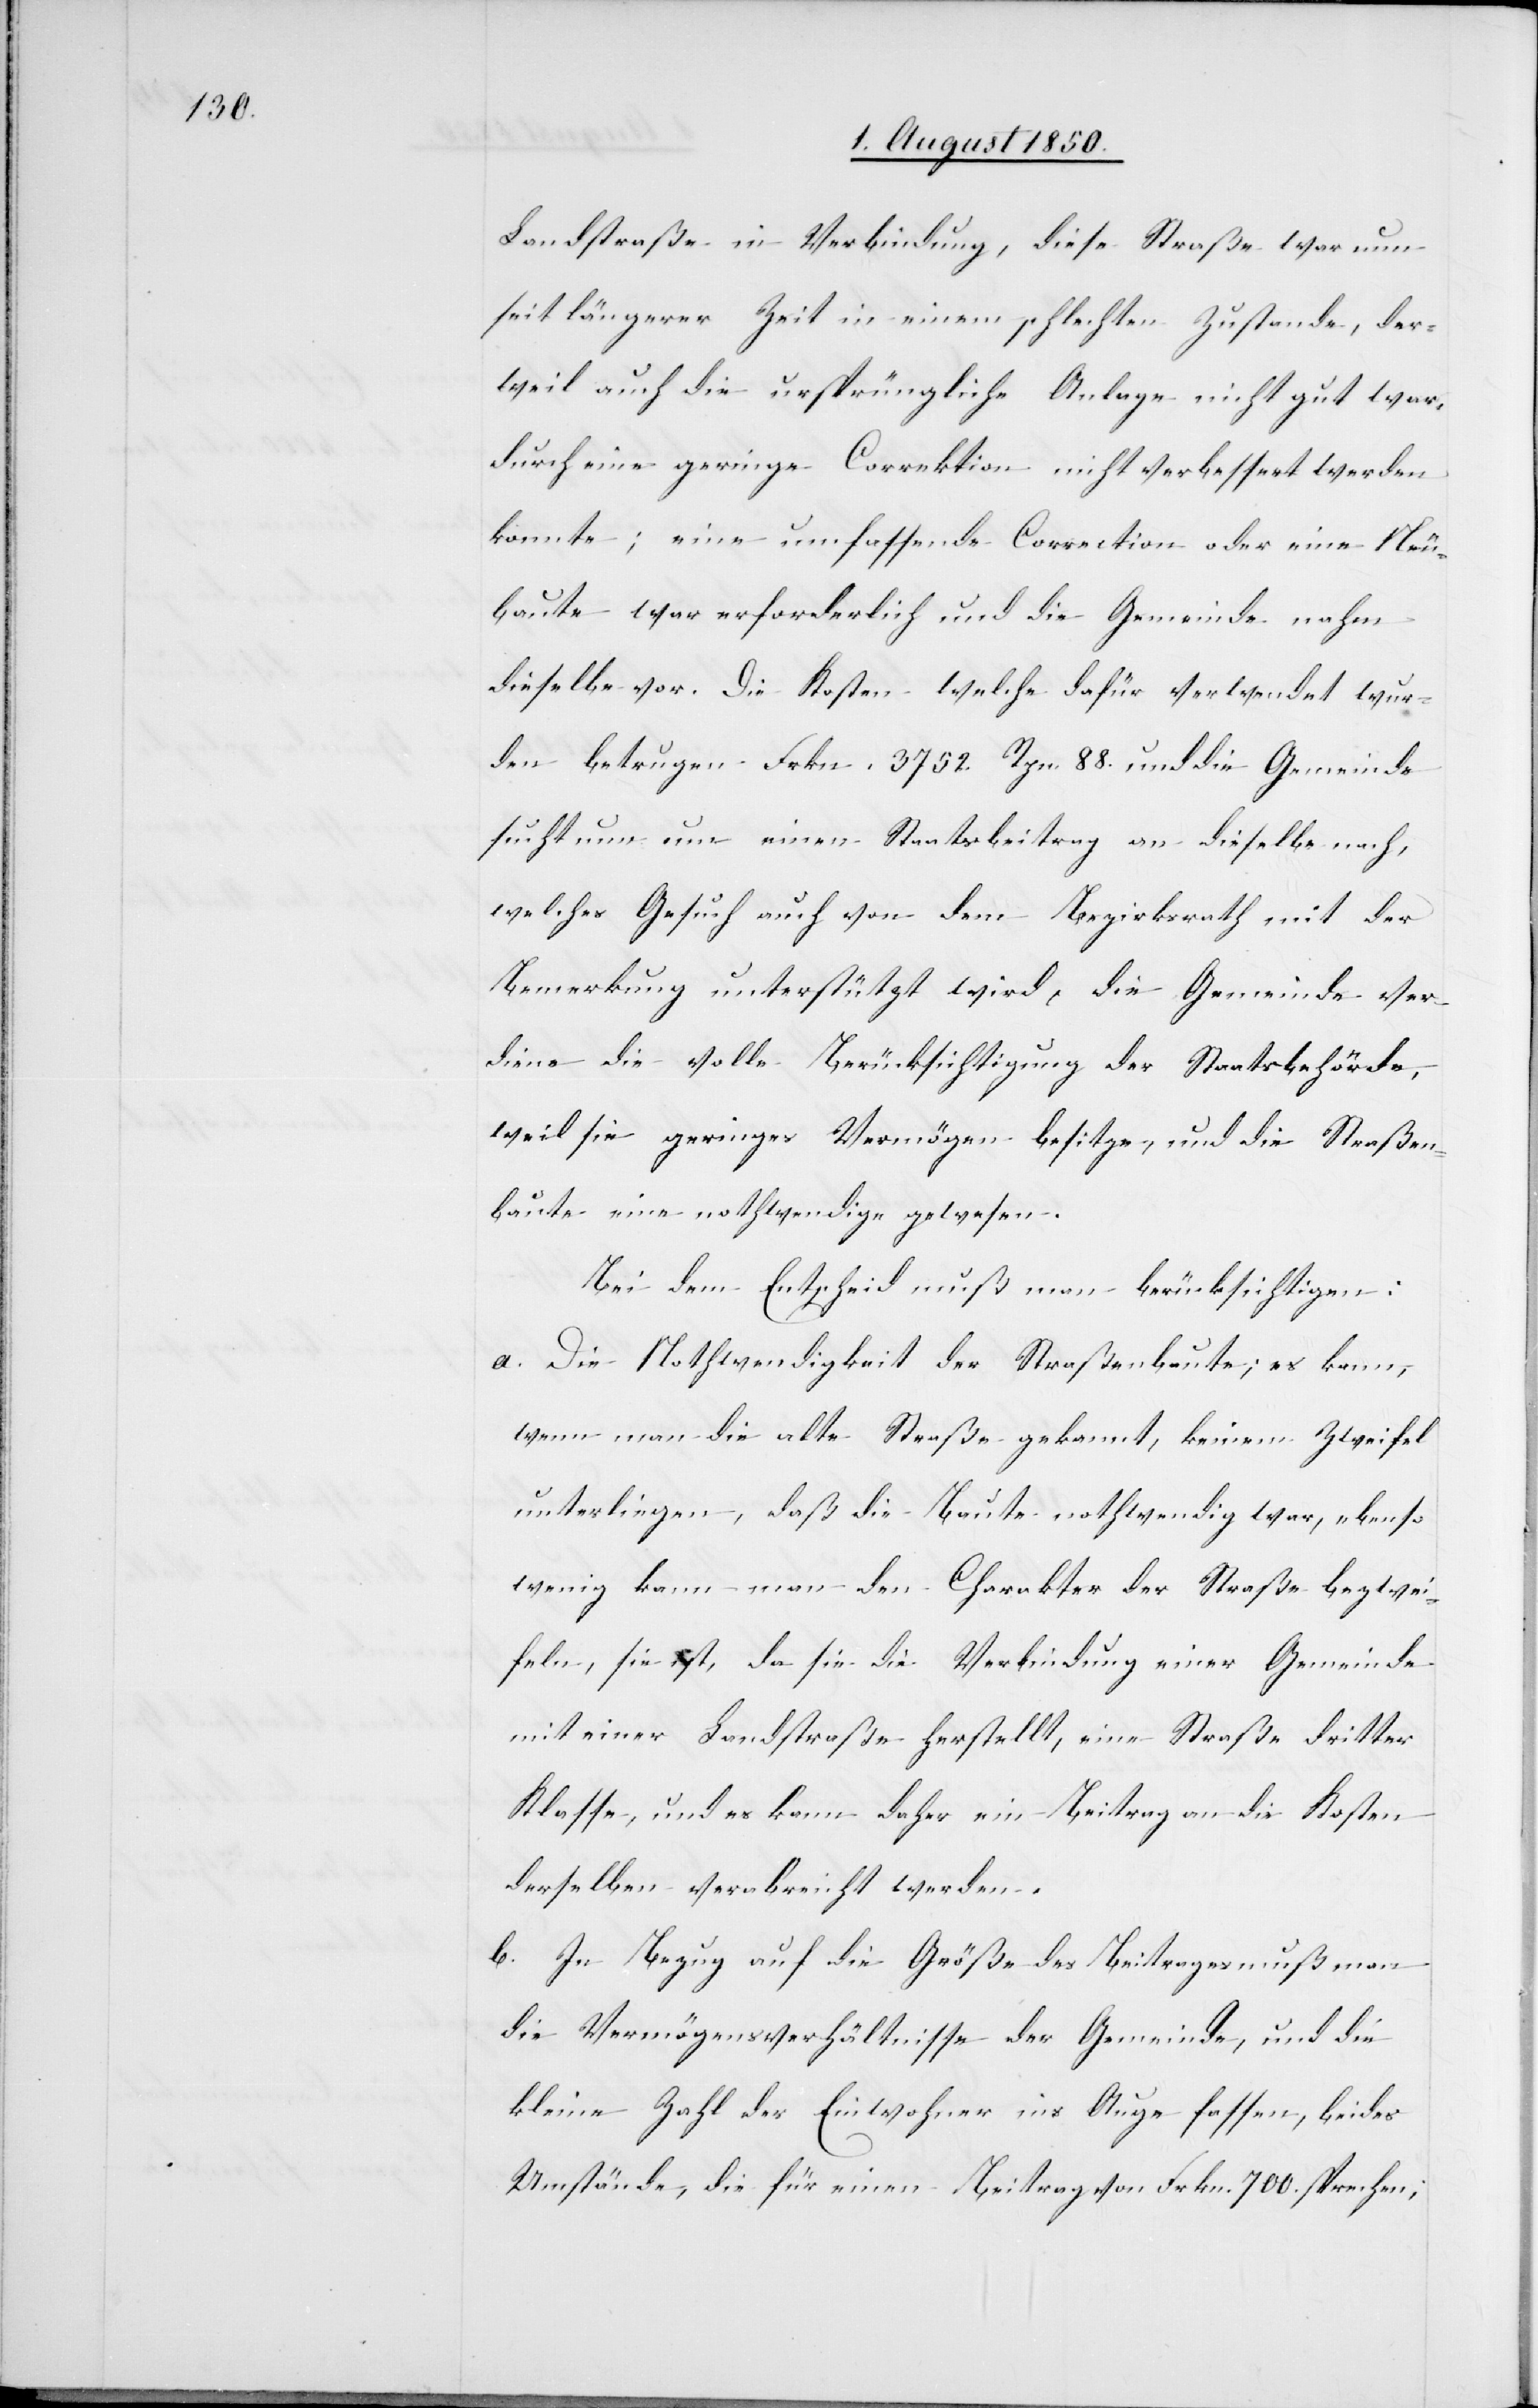
Landstraße in Verbindung, diese Straße war nun
seit längerer Zeit in einem schlechten Zustande, der¬
weil auch die ursprüngliche Anlage nicht gut war,
durch eine geringe Correktion nicht verbessert werden
konnte [sic!]; eine umfassende Correction oder eine Neu¬
baute war erforderlich und die Gemeinde nahm
dieselbe vor. Die Kosten welche dafür verwendet wur¬
den betrugen Frkn. 3752. Rpn. 88 und die Gemeinde
sucht nun um einen Staatsbeitrag an dieselbe nach,
welches Gesuch auch von dem Bezirksrath mit der
Bemerkung unterstützt wird, die Gemeinde ver¬
diene die volle Berücksichtigung der Staatsbehörde,
weil sie geringes Vermögen besitze, und die Straßen¬
baute eine nothwendige gewesen.
Bei dem Entscheid muß man berücksichtigen:
a. Die Nothwendigkeit der Straßenbaute; es kann,
wenn man die alte Straße gekannt, keinem Zweifel
unterliegen, daß die Baute nothwendig war, ebenso
wenig kann man den Charakter der Straße bezwei¬
feln, sie ist, da sie die Verbindung einer Gemeinde
mit einer Landstraße herstellt, eine Straße dritter
Klasse, und es kann daher ein Beitrag an die Kosten
derselben verabreicht werden.
b. In Bezug auf die Größe des Beitrages muß man
die Vermögensverhältnisse der Gemeinde, und die
kleine Zahl der Einwohner ins Auge fassen, beides
Umstände, die für einen Beitrag von Frkn. 700. sprechen;